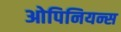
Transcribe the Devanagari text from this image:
ओपिनियन्स